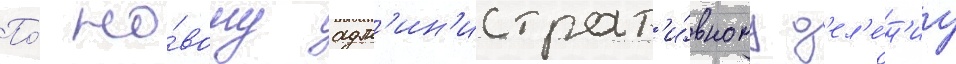
По́ но́вому адм'ин'истрат'и́вному д'ел'е́н'иу